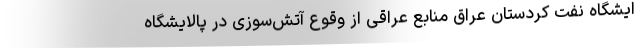
ایشگاه نفت کردستان عراق منابع عراقی از وقوع آتش‌سوزی در پالایشگاه